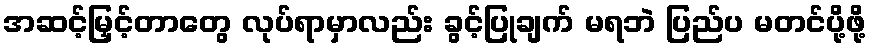
အဆင့်မြှင့်တာတွေ လုပ်ရာမှာလည်း ခွင့်ပြုချက် မရဘဲ ပြည်ပ မတင်ပို့ဖို့